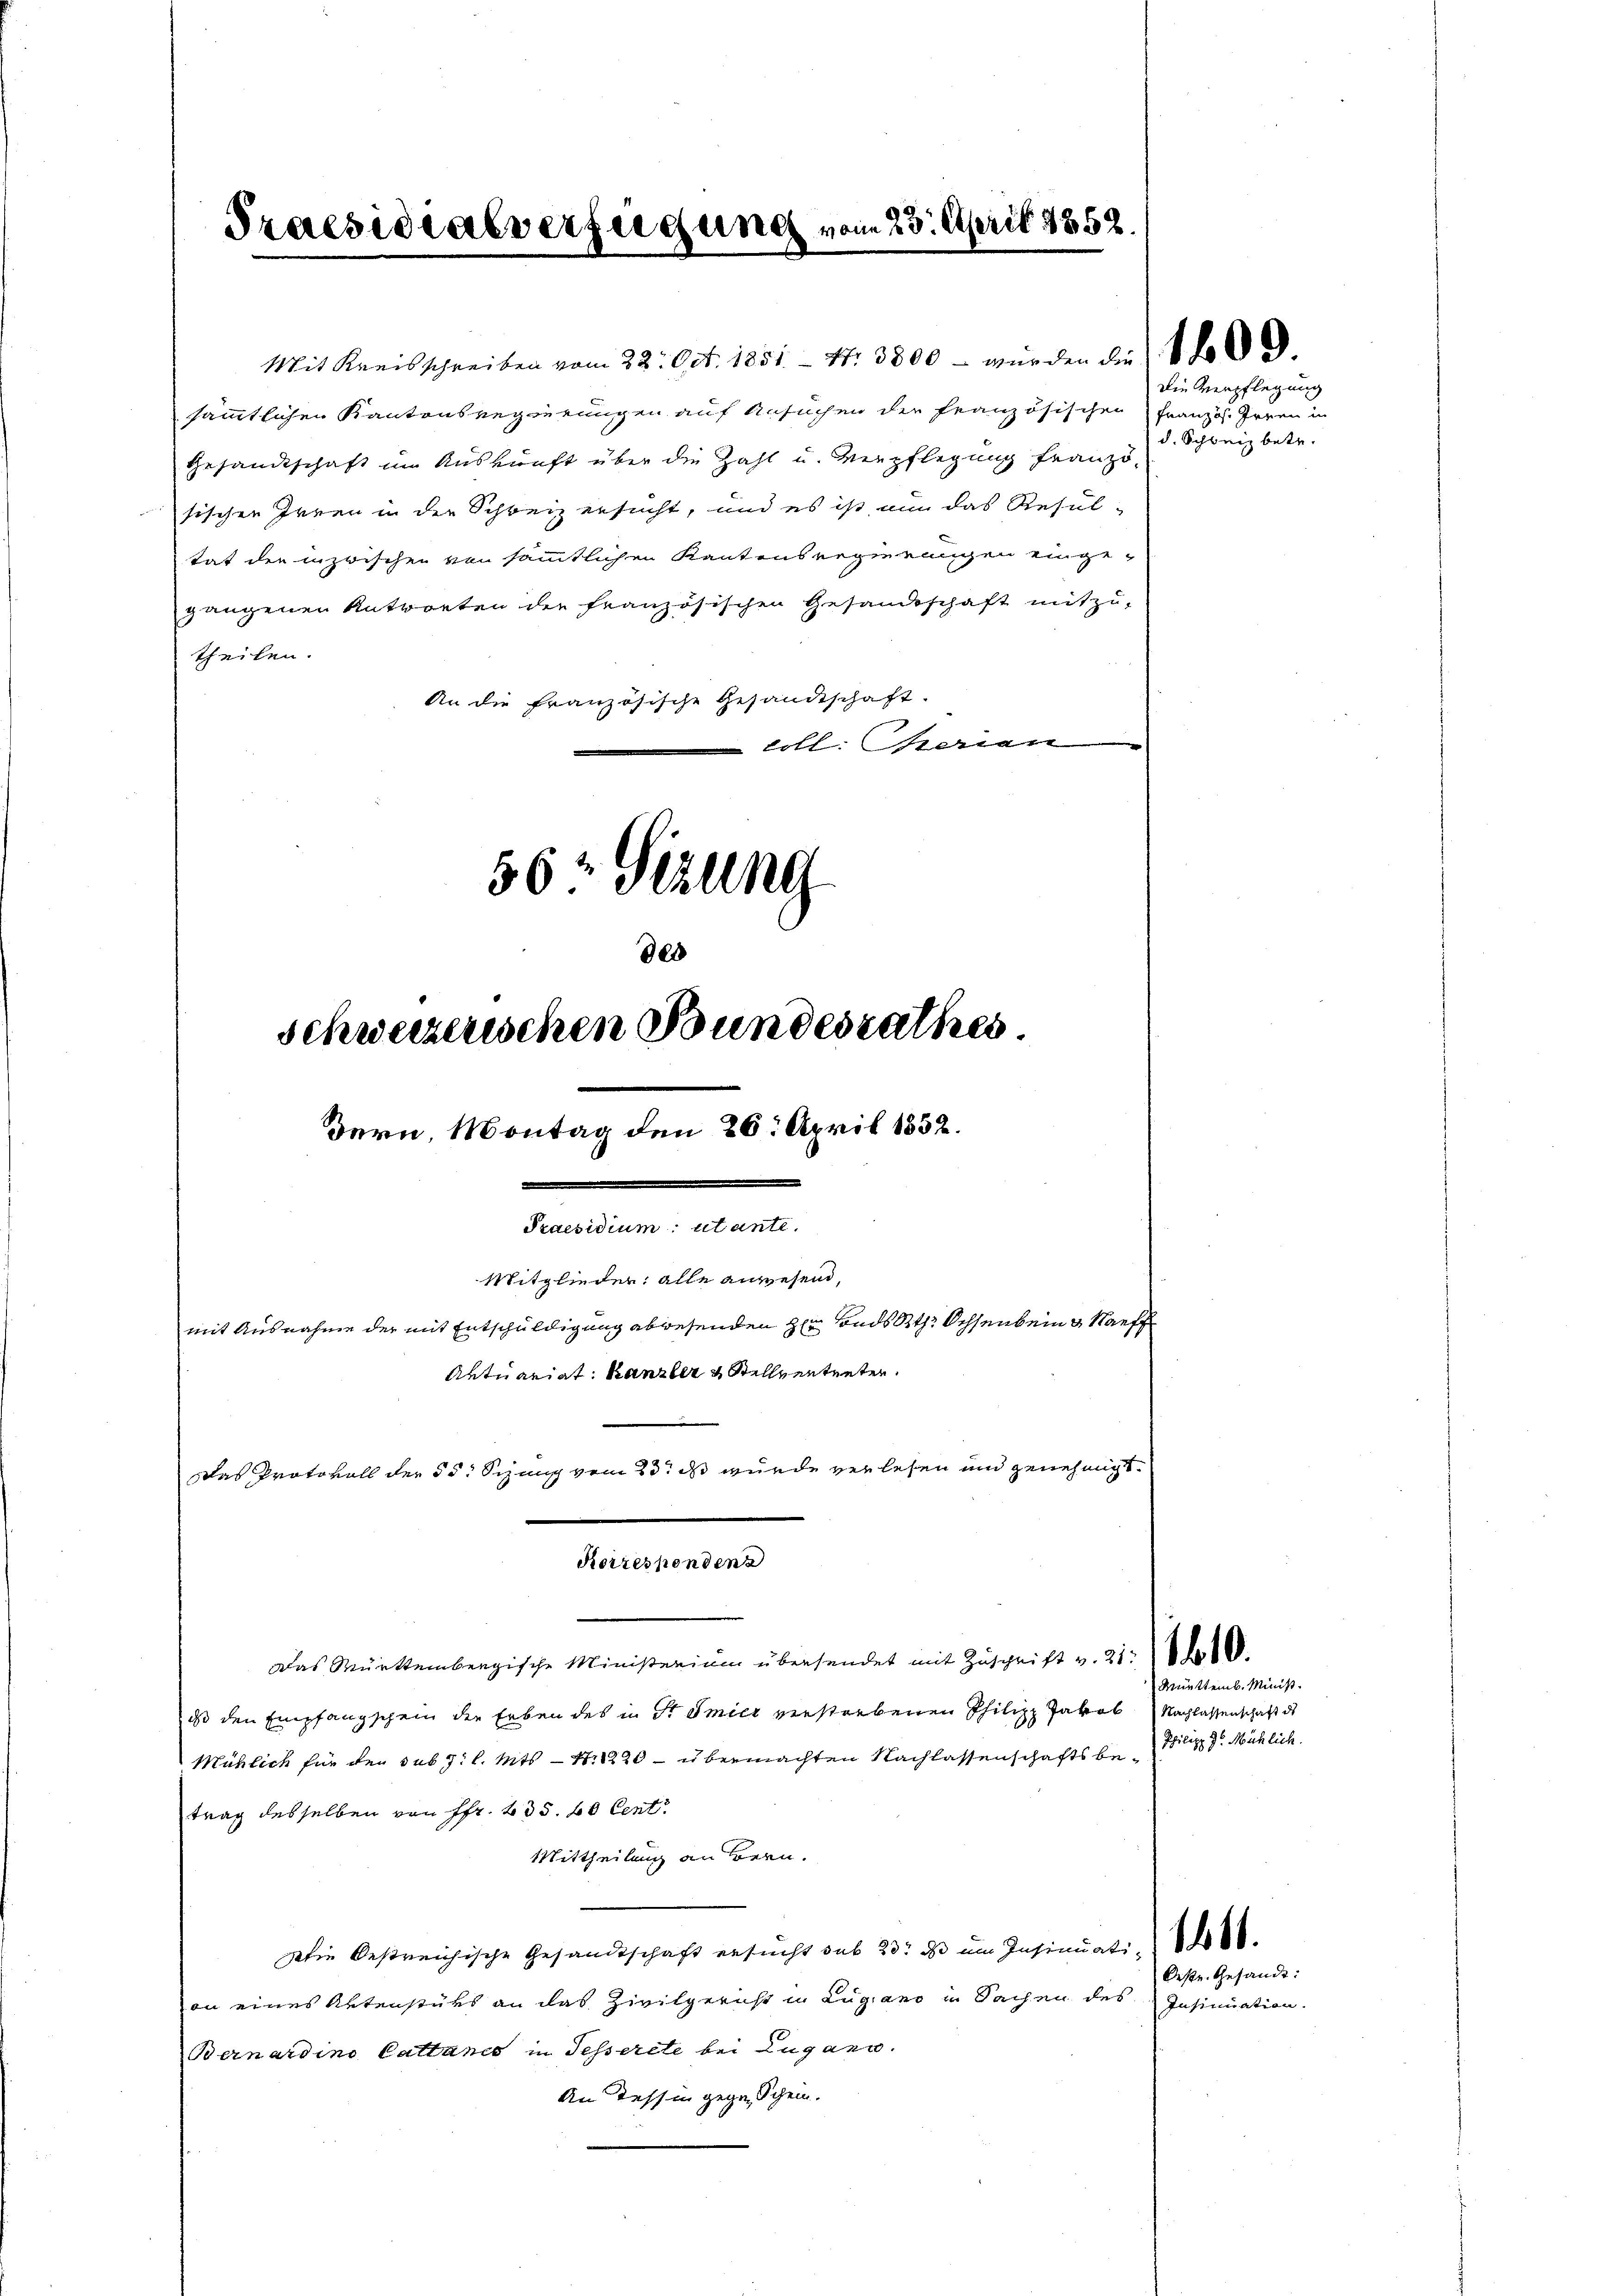
Praesidialversuchung vom 23. April 1852

Mit Kreisschreiben vom 32. Oct. 1851. - Nr. 3800 – wurden die Vo
sämmtlichen Kantonsregierungen auf Ansuchen der französischen Französ. Irren in
Gesandtschaft im Auskunft über die Zahl u. Verpflegung franzö-
sischen Irren in der Schweiz ersucht, und es ist nun das Resultat der inzwischen von sämmtlichen Kantonsregierungen eingegangenen Antworten der französischen Gesandtschaft mitzu-
theilen.
An die französische Gesandtschaft.
litt. seinen
56 Sizung

Korrespondenz

des
schweizerischen Bundesrathes
Bern, Montag den 26. April 1832.
e
Praesidium utante.
Mitglieder: alle anwesend,
mit Ausnahme der mit Entschuldigung abwesenden Her Fonds Rth. Ochsenbein & auf
Aktuariat Kanzler & Stellvententen.
Das Protokoll der 55: Sizung vom 23t d wurde verlesen und genehmigt.

Das Württembergische Ministerium übersendet mit Zuschrift v. 21. d.
dass den Empfangschein der Erben des in Stamier verstorbenen Philipp Jakob Nachlassenschaft de
Mählich für den sub 7 l. Mts. — 11220 - übermachten Nachlassenschaftsbe-Wiliz 9. Mählich.
trag desselben von Pfr. 235. 60 Cent
Mittheilung an Bern.
Die Oestreichische Gesandtschaft ersucht sub 23. ds um Insinuati
Oestr. Gesandt:
an eines Aktenstüks an das Zivilgericht in Lugano in Sachen des Insinuation.
Bernardina Cattance in Tesserete bei Lugano.
An Tessin gegen Schein.

Die Verpflegung
d. Schweiz betr.

Mürttemb. Minist.